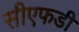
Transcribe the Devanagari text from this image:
सीएफडी